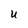
Character: U